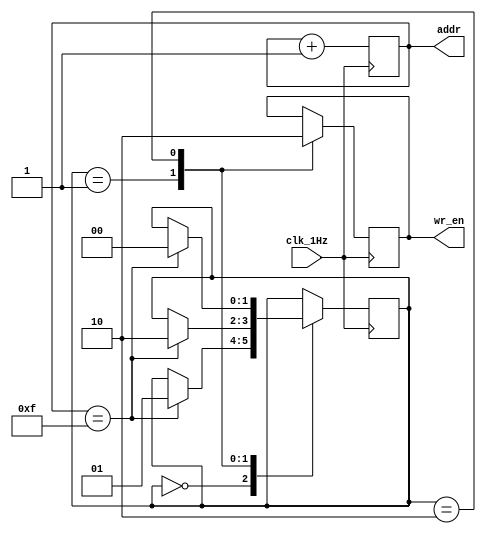
`timescale 1ns / 1ps

module rom_control(
    input clk_1Hz, 
    output [3:0] addr,
    output reg wr_en
    );
    
    reg [3:0] addr_ctr = 0;             // 4-bit Counter

    // Counter Control Logic
    always @(posedge clk_1Hz)
        addr_ctr <= addr_ctr + 1;
    
    // State Machine Parameters
    parameter READ_ROM  = 2'b00;
    parameter WRITE_RAM = 2'b01;
    parameter READ_RAM  = 2'b10;
    
    reg [1:0] state_reg = READ_ROM;     // State Register
    
    // Next State Logic
    always @(posedge clk_1Hz) begin
        case(state_reg)
            READ_ROM  :     if(addr_ctr == 15) state_reg <= WRITE_RAM;
            
            WRITE_RAM : begin
                            wr_en = 1'b1;
                            if(addr_ctr == 15) state_reg <= READ_RAM;
                        end
            
            READ_RAM  : begin
                            wr_en = 1'b0;
                            if(addr_ctr == 15) state_reg <= READ_ROM;
                        end    
        endcase
    end
    
    assign addr = addr_ctr;
    
endmodule